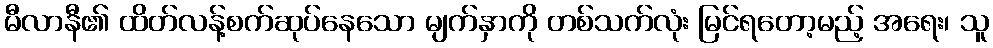
မီလာနီ၏ ထိတ်လန့်စက်ဆုပ်နေသော မျက်နှာကို တစ်သက်လုံး မြင်ရတော့မည့် အရေး၊ သူ